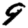
Digit: 9